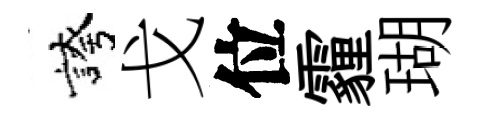
誇戈位霾瑚